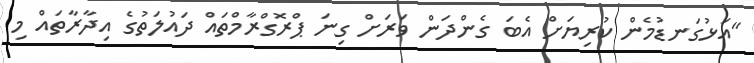
"އަޅުގަނޑުމެން ކުރިޔަށް އެބަ ގެންދަން ވަރަށް ގިނަ ޕްރޮގްރާމްތައް ދައުލަތުގެ އިދާރާތައް މި